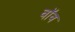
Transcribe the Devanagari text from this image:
वॉव